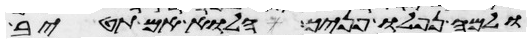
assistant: ולמה נפלו פניך הלוא אם תטיב